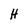
Character: H